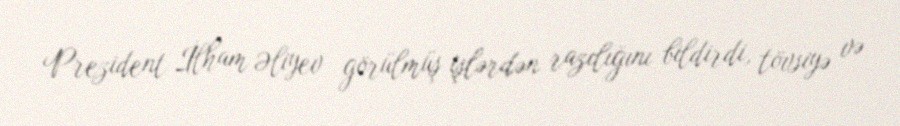
Prezident İlham Əliyev görülmüş işlərdən razılığını bildirdi, tövsiyə və